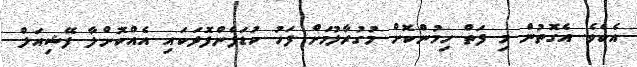
އެކެވެ. އެގޮތުން މި ފަތް ހިމުންކޮށް މުގުރާލުމަށް ފަހު ކުޑަފެންފޮދަކައި އެއްކޮށްލާ ފޭޝިއަލް